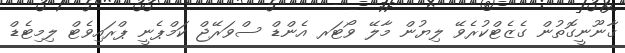
ޤާނޫނީގޮތުން ގެޒެޓްކުރެވޭ ލިޔުން މާލޭ ވޯޓަރ އެންޑް ސްވަރޭޖް ކަމްޕެނީ ޕްރައިވެޓް ލިމިޓެޑް